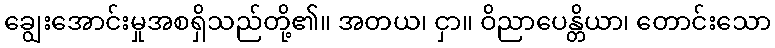
ချွေးအောင်းမှုအစရှိသည်တို့၏။ အတယ၊ ငှာ။ ဝိညာပေန္တိယာ၊ တောင်းသော